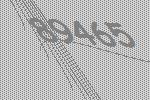
89465